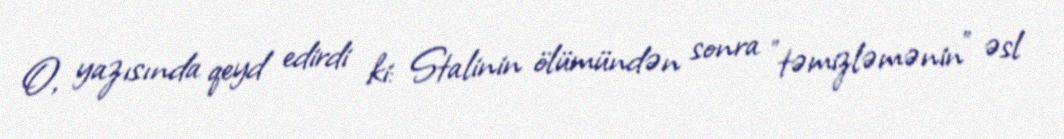
O, yazısında qeyd edirdi ki: Stalinin ölümündən sonra "təmizləmənin" əsl